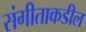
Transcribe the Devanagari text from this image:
संगीताकडील